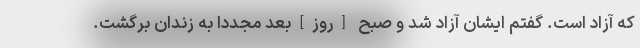
که آزاد است. گفتم ایشان آزاد شد و صبح [روز]بعد مجدداً به زندان برگشت.